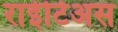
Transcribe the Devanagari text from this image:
राईटिअस